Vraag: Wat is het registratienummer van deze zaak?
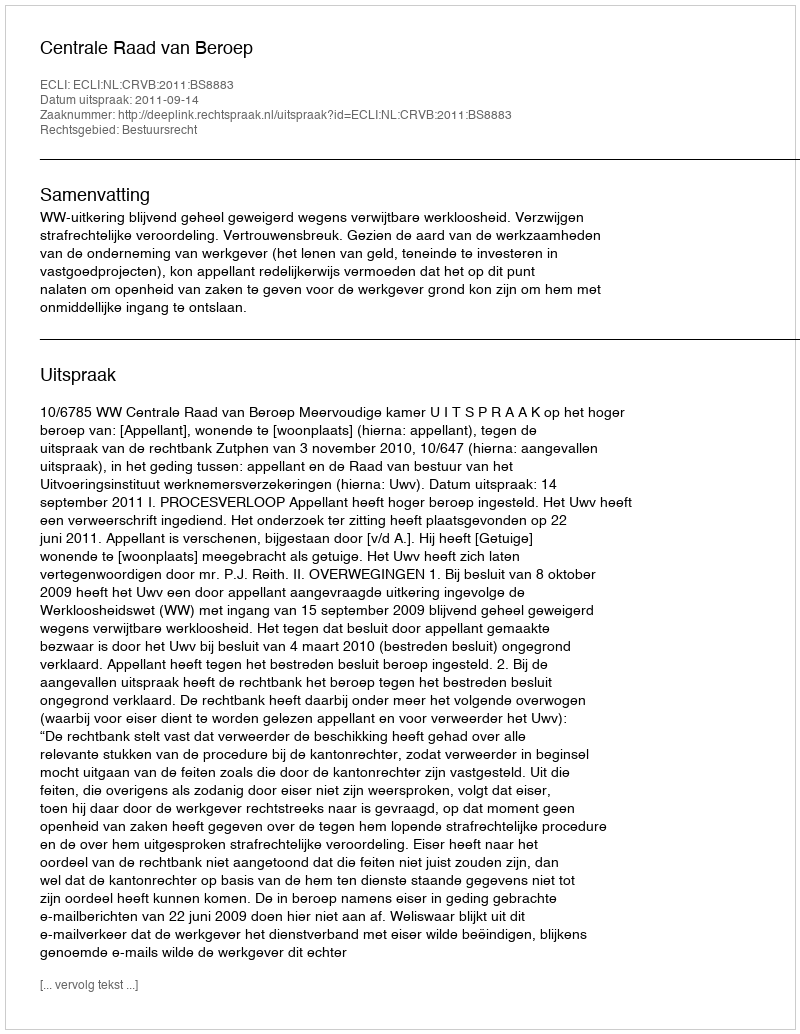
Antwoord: http://deeplink.rechtspraak.nl/uitspraak?id=ECLI:NL:CRVB:2011:BS8883